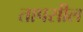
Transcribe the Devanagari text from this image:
तापसील